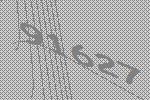
91627